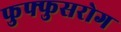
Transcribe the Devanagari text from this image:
फुफ्फुसरोग